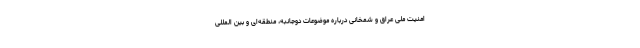
امنیت ملی عراق و شمخانی درباره موضوعات دوجانبه، منطقه‌ای و بین المللی